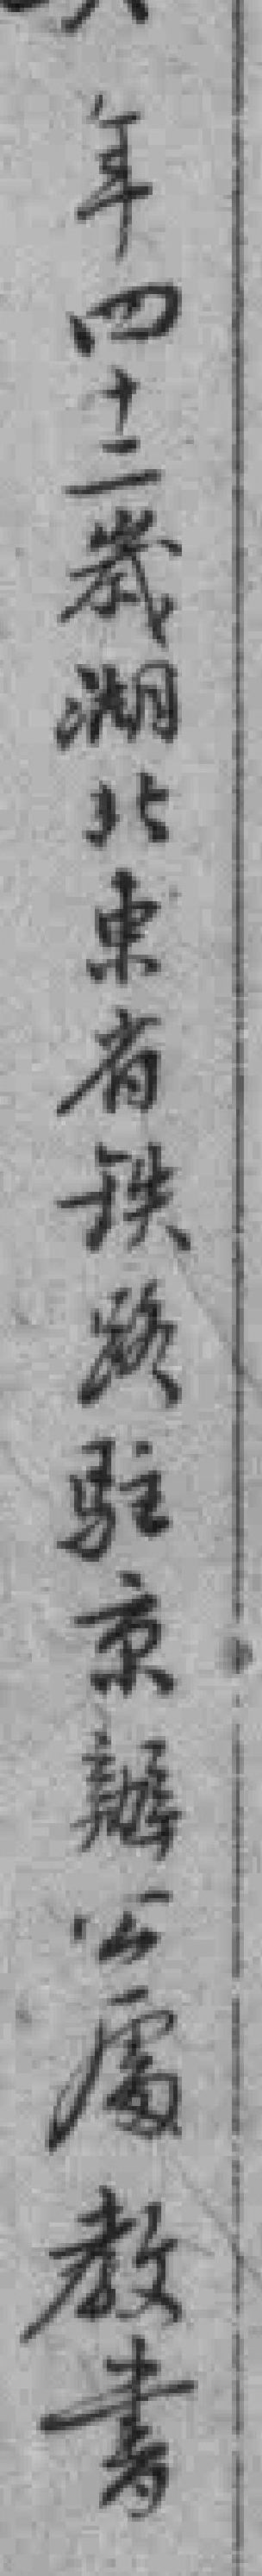
年四十二歲湖北東省铁路駐京辦公處教書